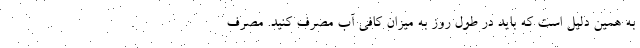
به همین دلیل است که باید در طول روز به میزان کافی آب مصرف کنید. مصرف